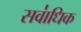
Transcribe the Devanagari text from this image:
सवा॑धिक